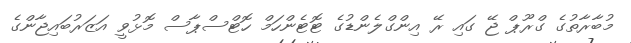
މުބާރާތުގެ ގްރޫޕް ޖޭ ގައި ރޭ އިންގްލެންޑުގެ ޓޮޓެންހަމް ހޮޓްސްޕާސް މޮޅުވީ އަޒަރުބައިޖާންގެ